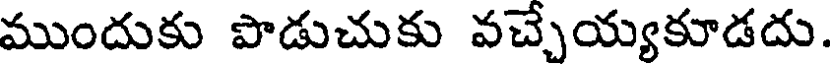
ముందుకు పొడుచుకు వచ్చేయ్యకూడదు.